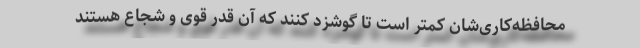
محافظه‌کاری‌شان کمتر است تا گوشزد کنند که آن‌ قدر قوی و شجاع هستند